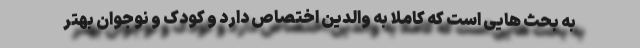
به بحث هایی است که کاملا به والدین اختصاص دارد و کودک و نوجوان بهتر